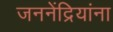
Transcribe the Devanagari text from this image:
जननेंद्रियांना